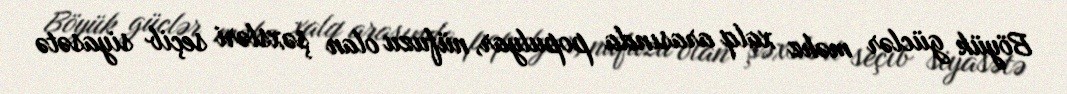
Böyük güclər məhz xalq arasında populyar, nüfuzu olan şəxsləri seçib siyasətə